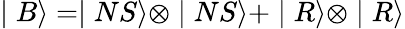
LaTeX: \mid B\rangle=\mid NS\rangle\otimes\mid NS\rangle+\mid R\rangle\otimes\mid R\rangle